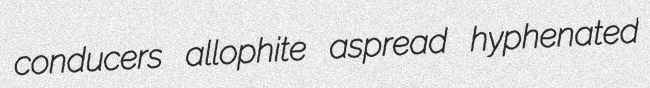
conducers allophite aspread hyphenated